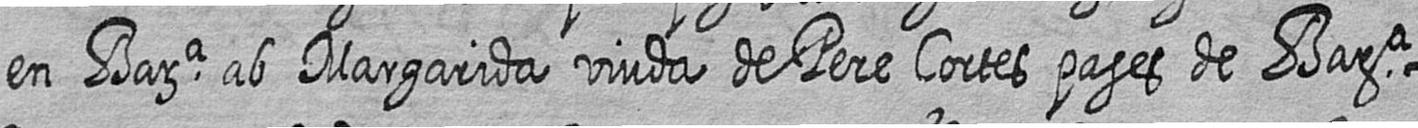
en Bara ab Margarida viuda de Pere Cortes pages de Bara